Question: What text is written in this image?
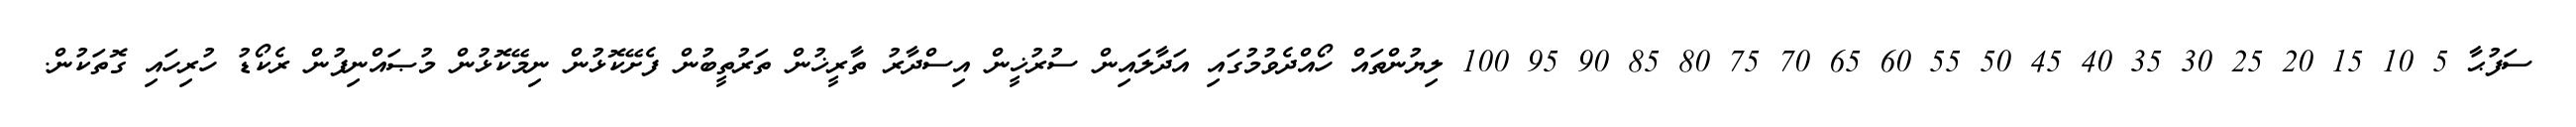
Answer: ސަފުޙާ 5 10 15 20 25 30 35 40 45 50 55 60 65 70 75 80 85 90 95 100 ލިޔުންތައް ހޯއްދެވުމުގައި އަދާލައިން ސުރުޚީން އިސްދާރު ތާރީޚުން ތަރުތީބުން ފެށޭކޮޅުން ނިމޭކޮޅުން މުޞައްނިފުން ރެކޯޑު ހުރިހައި ގޮތަކުން.